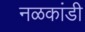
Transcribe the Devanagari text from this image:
नळकांडी